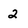
Character: 2